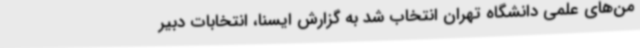
من‌های علمی دانشگاه تهران انتخاب شد به گزارش ایسنا، انتخابات دبیر